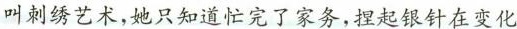
叫刺绣艺术，她只知道忙完了家务，捏起银针在变化